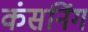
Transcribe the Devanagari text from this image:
कंसनिंग